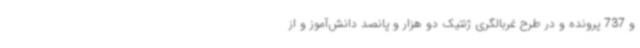
و 737 پرونده و در طرح غربالگری ژنتیک دو هزار و پانصد دانش‌آموز و از